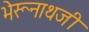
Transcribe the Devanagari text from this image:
भेरूनाथजी